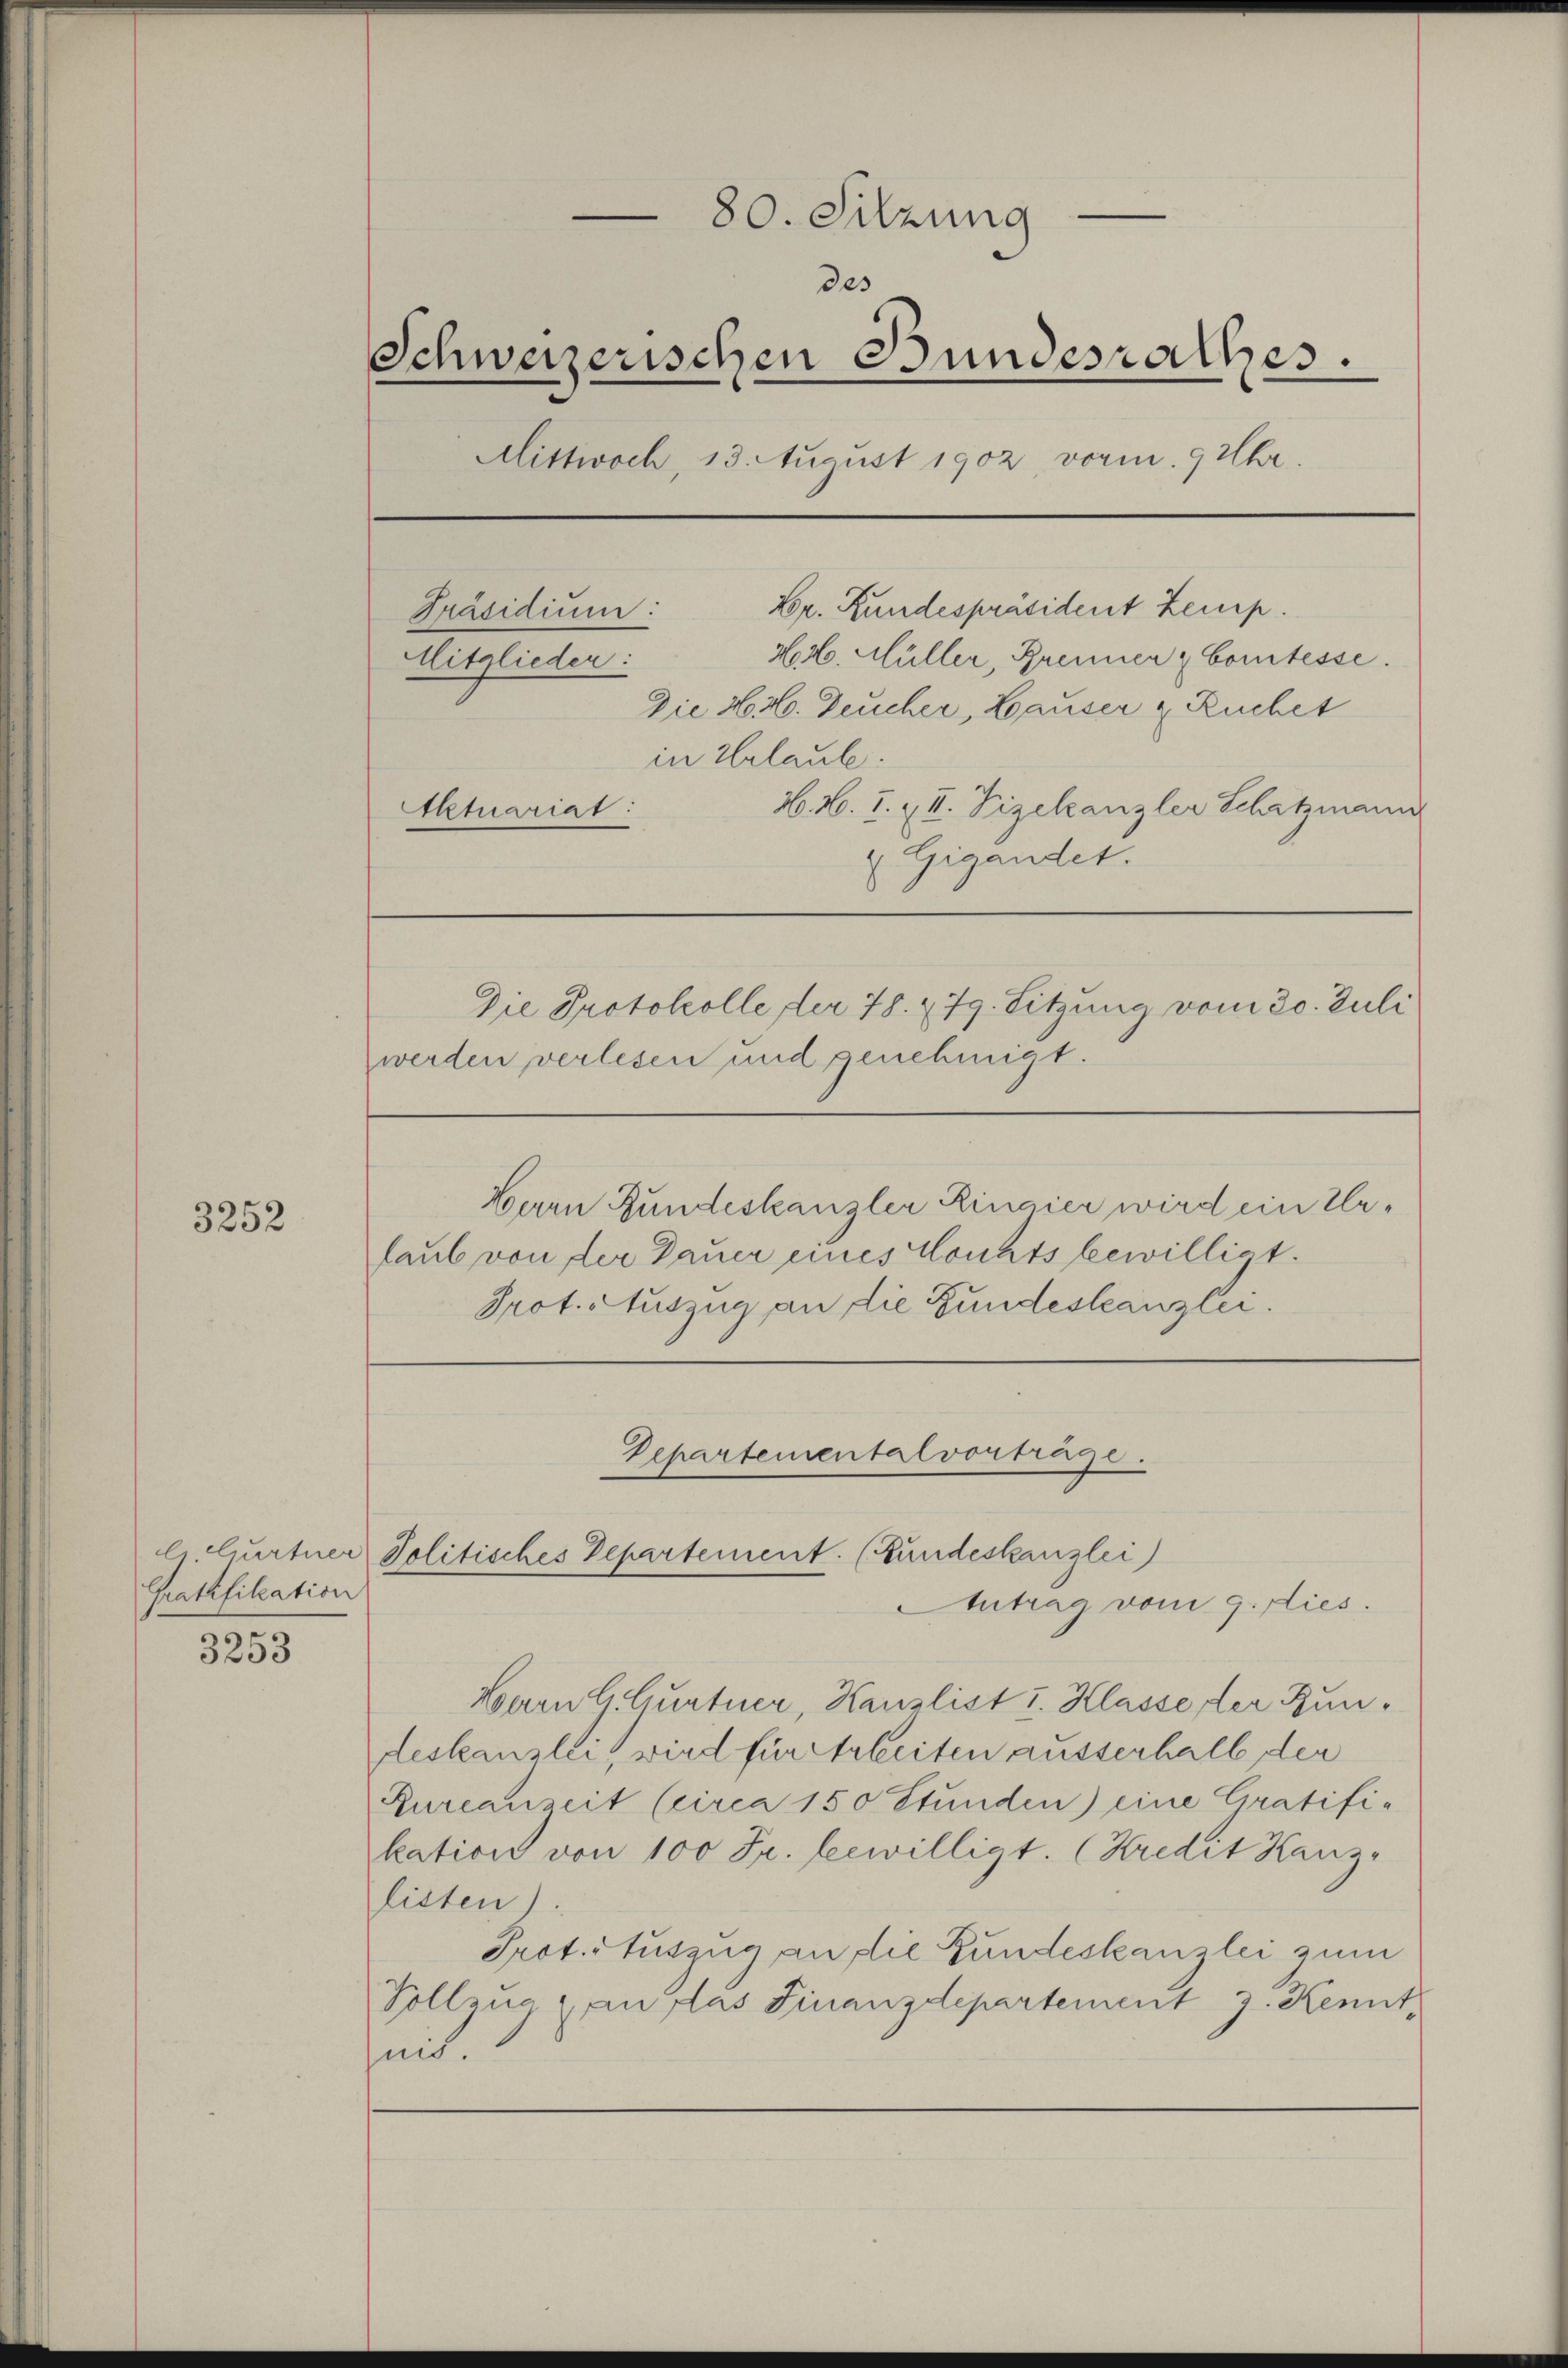
3252

3253

.
80. Sitzung
des
Schweizerischen Bundesrathes.
Mittwoch, 13. August 1902 vorm. 9 Uhr.
Er. Bundespräsident Zemp.
Präsidium:
404. Müller, Brenner Comtesse.
Mitglieder:
Die Hr. Deucher, Hauser & Ruchet
in Urlaube.
N. N. I. & II. Vizekanzler Schatzmann
Aktuariat
 Gigandet.
Die Protokolle, der 78. 779. Sitzung vom 30. Juli
werden verlesen und genehmigt.
Herrn Bundeskanzler Rinaier wird ein Erlaub von der Dauer eines Monats bewilligt.
Prot. Auszug an die Gundestanzlei.

l Churtner
Gratifikation

Departemental vortrage.
Politisches Departement. (Bundeskanzlei)
Antrag vom 9. dies

Bern Gurtner, Kanzlist v. Klasse der Zundeskanzlei, wird für Arbeiten ausserhalb der
Kurcanzeit (circa 150 Stunden) eine Gratifi-
kation von 100 Fr. bewilligt. (Kredit Hanz-
listen).
Prot. Auszug an die Bundeskanzlei zum
Vollzug, an das Finanzdepartement J. Kennt,
zeit.